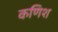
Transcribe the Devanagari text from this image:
कणिश